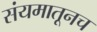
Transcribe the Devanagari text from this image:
संयमातूनच